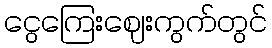
ငွေကြေးဈေးကွက်တွင်